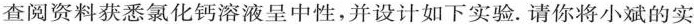
查阅资料获悉氯化钙溶液呈中性，并设计如下实验. 请你将小斌的实